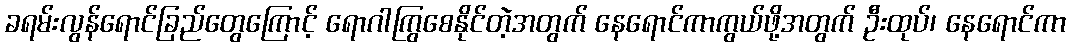
ခရမ်းလွန်ရောင်ခြည်တွေကြောင့် ရောဂါကြွစေနိုင်တဲ့အတွက် နေရောင်ကာကွယ်ဖို့အတွက် ဦးထုပ်၊ နေရောင်ကာ